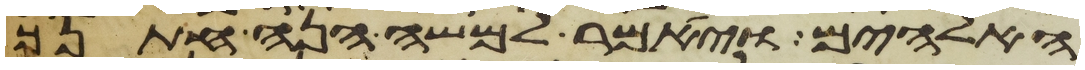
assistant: האלהים ויאמר למשה הנה חתנך